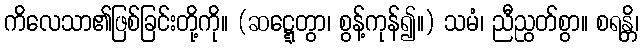
ကိလေသာ၏ဖြစ်ခြင်းတို့ကို။ (ဆဋ္ဋေတွာ၊ စွန့်ကုန်၍။) သမံ၊ ညီညွတ်စွာ။ စရန္တိ၊